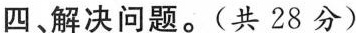
四、解决问题。(共28分)